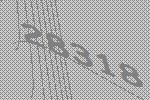
28318